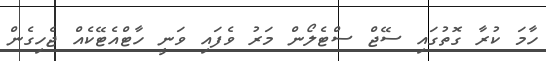
ހާމަ ކުރާ ގޮތުގައި ސޭޖް ސްޓެލޯން މަރު ވެފައި ވަނީ ހާޓްއެޓޭކެއް ޖެހިގެން